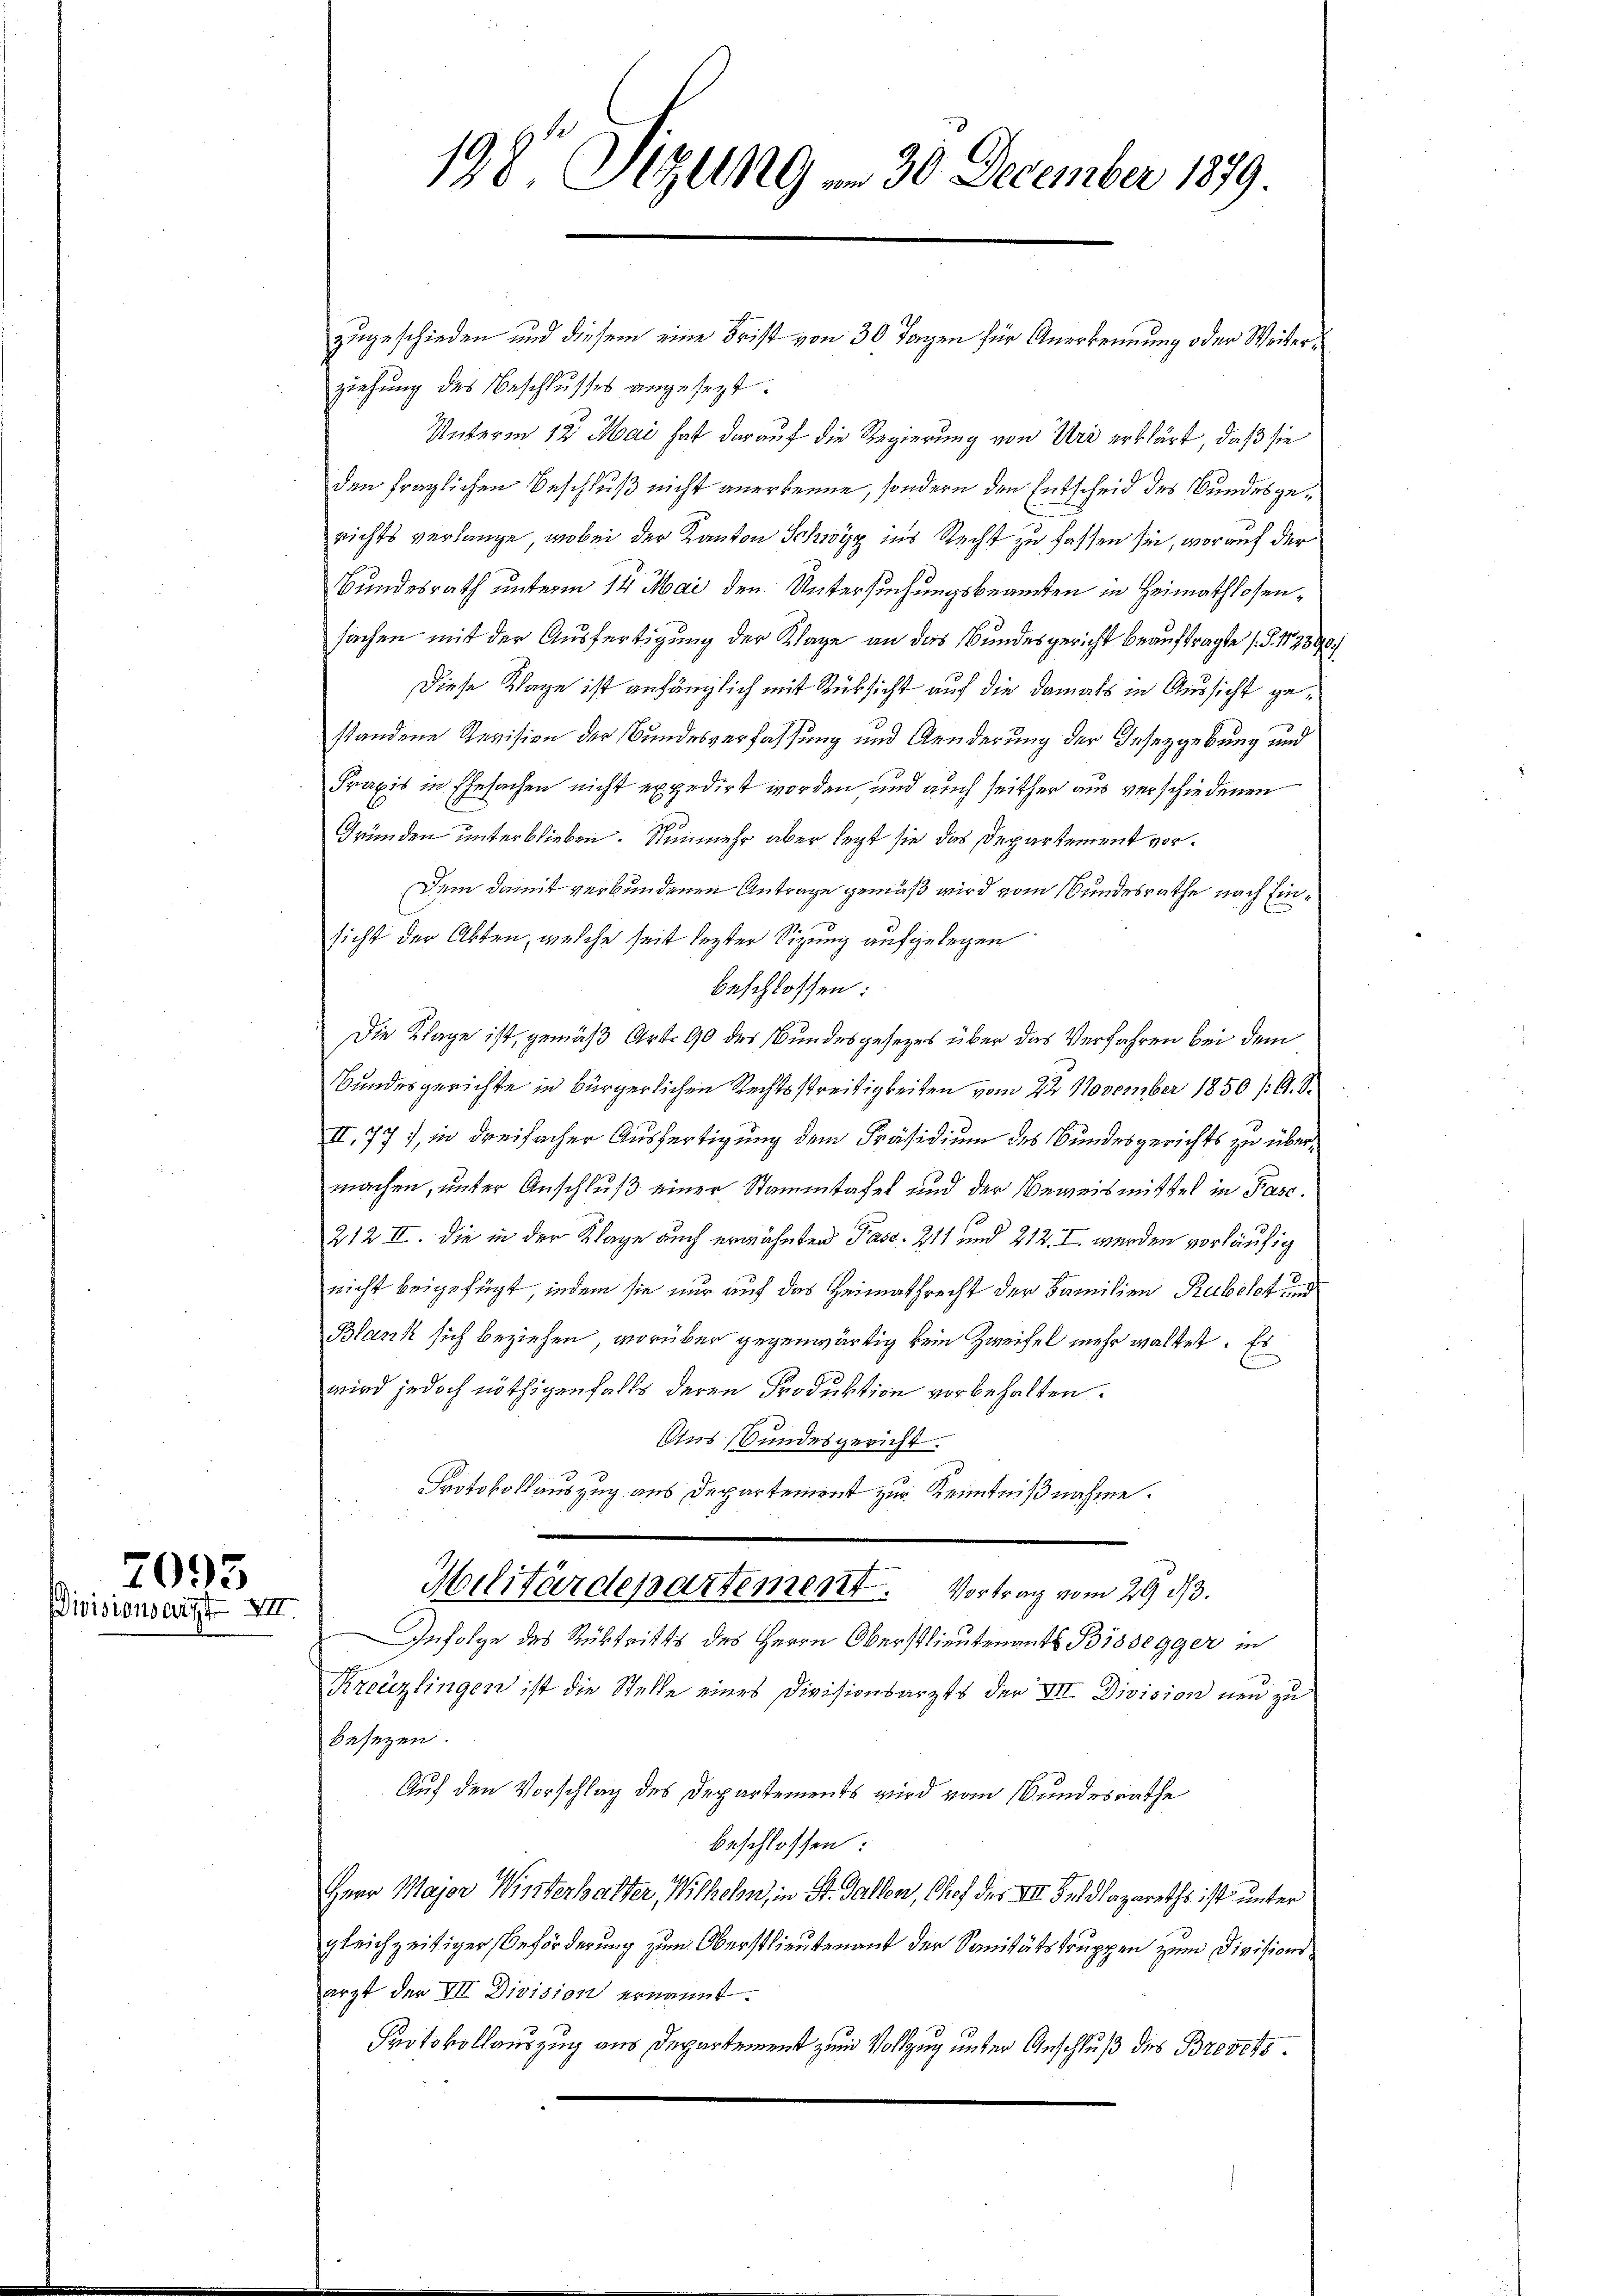
7095
Divisionsarzt XII.

198 Sizung , 30 December 1879

zugeschieden und diesem eine Frist von 30 Tagen für Anerkennung oder Weiter
ziehung des Beschlusses angesezt.
Unterm 12. Mai hat darauf die Regierung von Uri erklärt, daß sie
den fraglichen Beschluß nicht anerkenne, sondern den Entscheid des Bundesgerichts verlange, wobei der Kanton Schwyz ins Recht zu fassen sei, worauf der
Bundesrath unterm 14. Mai den Untersuchungsbeamten in Heimathlosensachen mit der Ausfertigung der Klage an das Bundesgericht beauftragte (§. 12890
Diese Klage ist anhänglich mit Rüksicht auf die damals in Aussicht gestandene Revision der Bundesverfassung und Aenderung der Insezgebung und
Fraxis in Ehesachen nicht expedirt worden und auch seither aus verschiedenen
Gründen unterblieben. Nunmehr aber legt sie das Departement vordem damit verbundenen Antrage gemäß wird vom Bundesrathe nach Einsicht der Akten, welche seit lezter Sizung aufgelegen
beschlossen:
Die Klage ist, gemäß Art. 90 des Bundesgesezes über das Verfahren bei dem
Bundesgerichte in bürgerlichen Rechtsstreitigkeiten vom 22. November 1850 /:G. 8.
II. 77), in dreifacher Ausfertigung dem Präsidium des Bundesgerichts zu übermachen, unter Anschluß einer Stammtafel und der Beweismittel in Pasc.
212 II. Die in der Klage auch erwähnten Pasc. 211 und 212. I. werden vorläufig
nicht beigefügt, indem sie nur auf das Heimathrecht der Familien Rubelet und
Blank sich beziehen, vorüber gegenwärtig kein Zweifel mehr waltet. Es
wird jedoch nöthigenfalls deren Produktion vorbehalten.
Aus Stundesgericht.
Protokollauszug aus Departement zur Kenntnißnahme.
Hilitärdepartement. Vortrag vom 29 d.
Infolge des Rücktritts des Herrn Oberstlieutenants Bissegger in
Kreuzlingen ist die Stelle eines Divisionsarzts der VII Division neu zu
besezen.
Auf den Vorschlag des Departements wird vom Bundesrathe
beschlossen:
Herr Major Winterhalter, Wilhelm, in St. Gallen, Chof des III. Baldlazareths ist unter
gleichzeitiger Beförderung zum Oberstlieutenauf der Sanitätstruppen zum Divisionsarzt der VII Division ernannt.
Protokollauszug aus Departement zum Vollzug unter Anschluß des Brevets¬